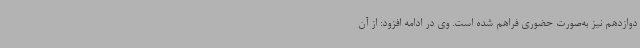
دوازدهم نیز به‌صورت حضوری فراهم شده است. وی در ادامه افزود: از آن